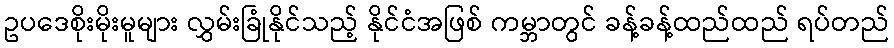
ဥပဒေစိုးမိုးမူများ လွှမ်းခြုံနိုင်သည့် နိုင်ငံအဖြစ် ကမ္ဘာတွင် ခန့်ခန့်ထည်ထည် ရပ်တည်